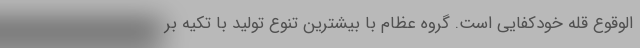
الوقوع قله خودکفایی است. گروه عظام با بیشترین تنوع تولید با تکیه بر